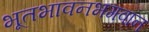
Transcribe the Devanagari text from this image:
भूतभावनभगवान